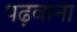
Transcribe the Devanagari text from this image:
पढ़वाना